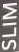
SLIM